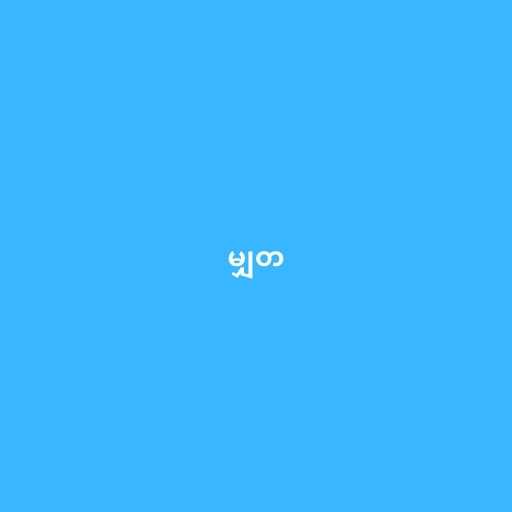
မျှတ